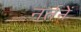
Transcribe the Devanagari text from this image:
नर्तनें